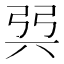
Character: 㢲